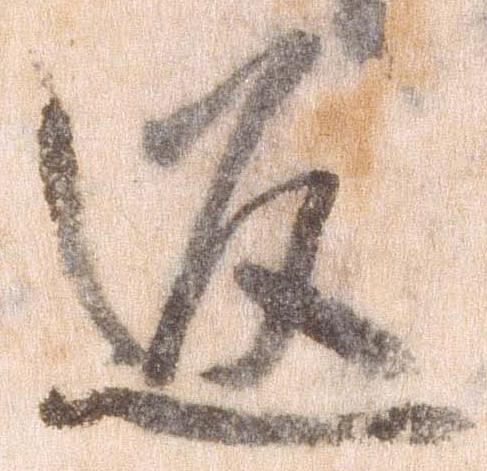
返